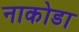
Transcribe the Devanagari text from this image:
नाकोडा